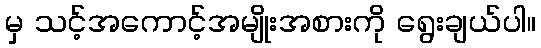
မှ သင့်အကောင့်အမျိုးအစားကို ရွေးချယ်ပါ။